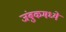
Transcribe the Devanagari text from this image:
जंबुकमध्ये